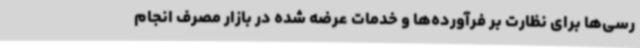
رسی‌ها برای نظارت بر فرآورده‌ها و خدمات عرضه شده در بازار مصرف انجام